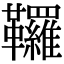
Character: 𩎊